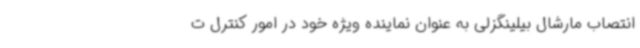
انتصاب مارشال بیلینگزلی به عنوان نماینده ویژه خود در امور کنترل ت